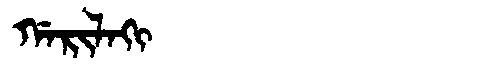
Manchu: ᡤᠠᡵᡳᠯᠠᡴᡳ
Romanization: GARILAKI